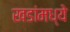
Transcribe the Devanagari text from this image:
खडांमध्ये